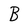
Character: B